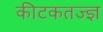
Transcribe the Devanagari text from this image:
कीटकतज्ज्ञ